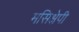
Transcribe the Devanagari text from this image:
मसिक्षेपी